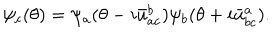
LaTeX: \psi _ { c } ( \theta ) = \psi _ { a } ( \theta - i \bar { u } _ { a c } ^ { b } ) \psi _ { b } ( \theta + i \bar { u } _ { b c } ^ { a } ) .